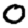
Digit: 0